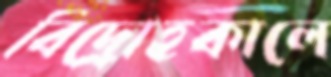
বিদ্রোহকালে